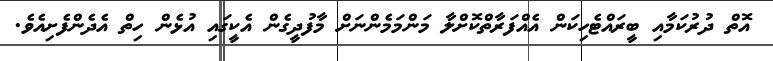
އޮތް ދުރުކަމާއި ބީރައްޓެހިކަން އެއްފަރާތްކޮށްލާ މަންމަމެންނަށް މާފުދީގެން އެކީގައި އުޅެން ހިތް އެދެންފެށިއެވެ.